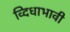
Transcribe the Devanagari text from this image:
व्दिधाभावी